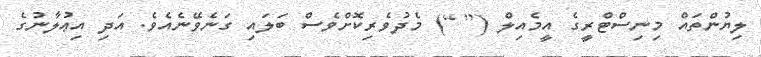
ލިޔުންތައް މިނިސްޓްރީގެ އީމެއިލް ([ ]) މެދުވެރިކޮށްވެސް ބަލައި ގަނެވޭނެއެވެ. އަދި އިޢުލާނުގެ